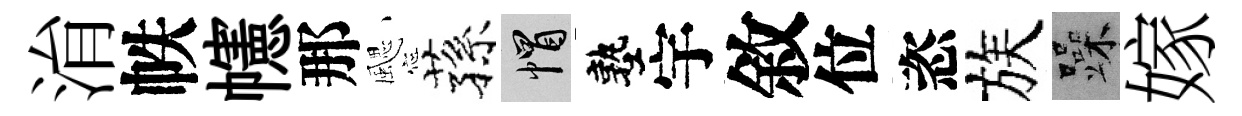
㳙帙幰那颸蓀帽塾宇敘位恣族躁嫁